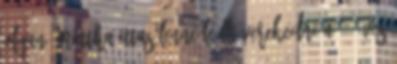
olyan, mintha ittas lenne Leállt verekedni a 71 éves